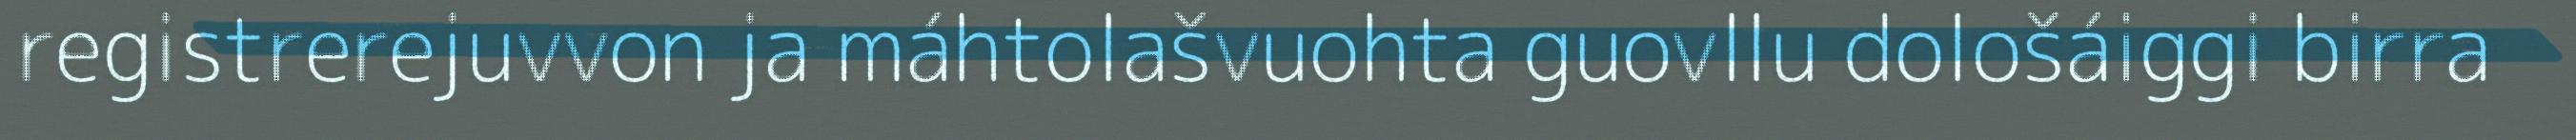
registrerejuvvon ja máhtolašvuohta guovllu dološáiggi birra